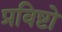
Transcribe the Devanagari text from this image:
प्रविष्टो